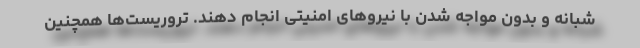
شبانه و بدون مواجه شدن با نیروهای امنیتی انجام دهند. تروریست‌ها همچنین